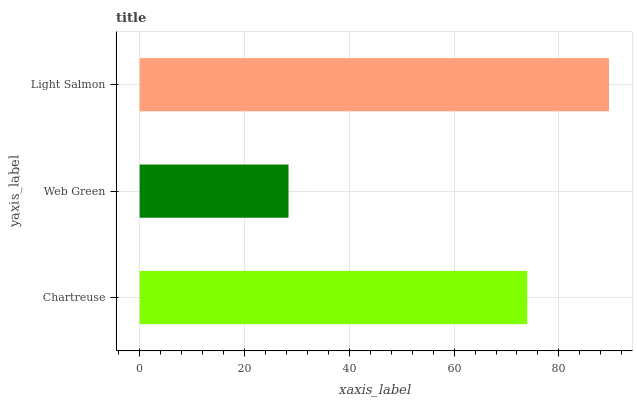
| yaxis_label | bars |
 | --- | --- |
 | Chartreuse | 73.9 |
 | Web Green | 28.4 |
 | Light Salmon | 89.6 |